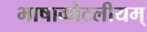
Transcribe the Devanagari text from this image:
भाषाकौटलीयम्